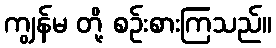
ကျွန်မ တို့ စဉ်းစားကြသည်။